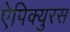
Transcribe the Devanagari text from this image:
ऐपिक्युरस